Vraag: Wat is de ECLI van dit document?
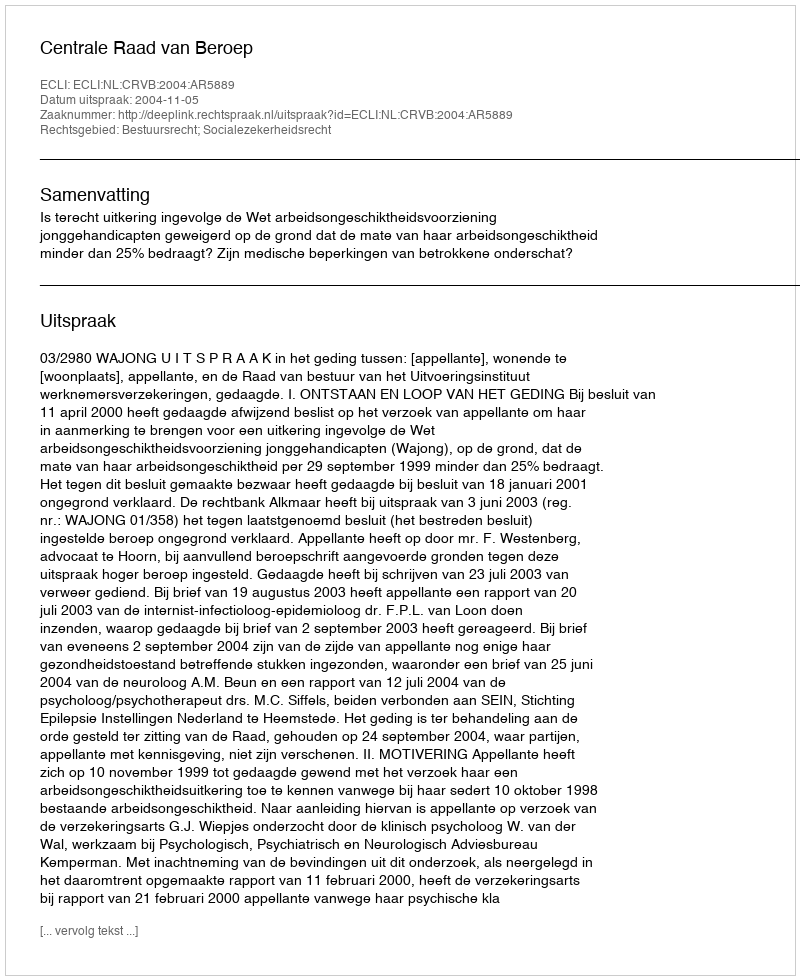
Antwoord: ECLI:NL:CRVB:2004:AR5889